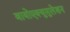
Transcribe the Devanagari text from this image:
बायोएक्युमुलेशन